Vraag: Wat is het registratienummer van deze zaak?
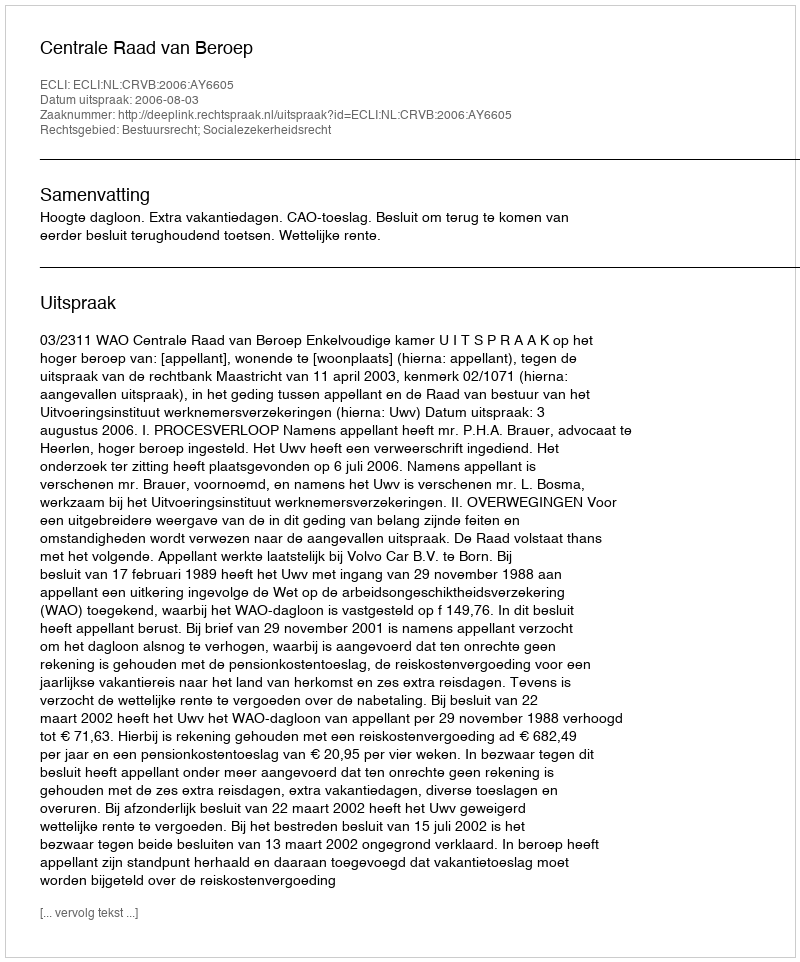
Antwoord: http://deeplink.rechtspraak.nl/uitspraak?id=ECLI:NL:CRVB:2006:AY6605